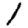
Digit: 1